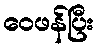
ဝေဖန်ပြီး